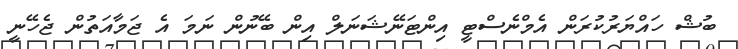
ބުޝް ހައްޔަރުކުރަން އެމްނެސްޓީ އިންޓަނޭޝަނަލް އިން ބޭނުން ނަމަ އެ ޖަމާއަތުން ޖެހޭނީ